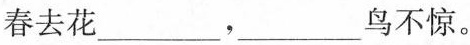
春去花___，___鸟不惊。